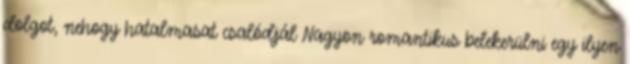
dolgot, nehogy hatalmasat csalódjál Nagyon romantikus belekerülni egy ilyen